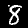
Label: 8